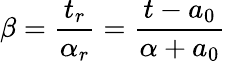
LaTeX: \beta=\frac{t_{r}}{\alpha_{r}}=\frac{t-a_{0}}{\alpha+a_{0}}